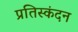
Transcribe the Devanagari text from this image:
प्रतिस्कंदन